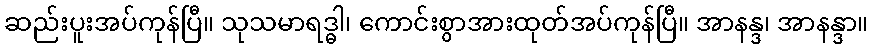
ဆည်းပူးအပ်ကုန်ပြီ။ သုသမာရဒ္ဓါ၊ ကောင်းစွာအားထုတ်အပ်ကုန်ပြီ။ အာနန္ဒ၊ အာနန္ဒာ။